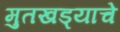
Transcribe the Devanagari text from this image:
मुतखड्याचे